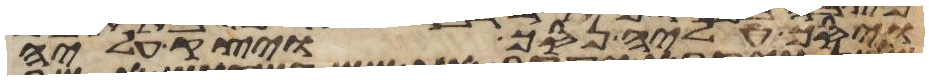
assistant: ויסך עליה נסך ויצק עליה